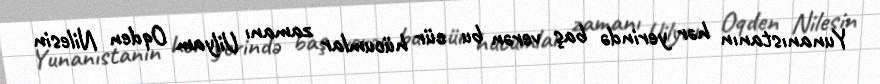
Yunanıstanın hər yerində baş verən bu cür hücumlar zamanı Uilyam Oqden Nilesin